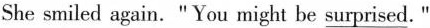
She smiled again."You might be \underline{surprised}. "